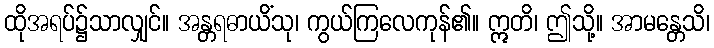
ထိုအရပ်၌သာလျှင်။ အန္တရဓာယိံသု၊ ကွယ်ကြလေကုန်၏။ ဣတိ၊ ဤသို့။ အာမန္တေသိ၊